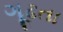
ગૂઢતા